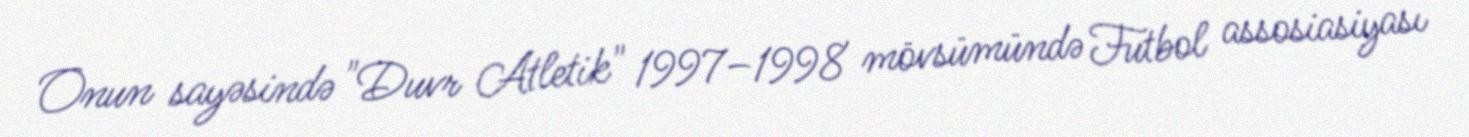
Onun sayəsində "Duvr Atletik" 1997–1998 mövsümündə Futbol assosiasiyası